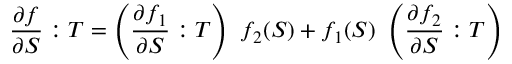
{ \frac { \partial f } { \partial { \boldsymbol { S } } } } : { \boldsymbol { T } } = \left( { \frac { \partial f _ { 1 } } { \partial { \boldsymbol { S } } } } : { \boldsymbol { T } } \right) ~ f _ { 2 } ( { \boldsymbol { S } } ) + f _ { 1 } ( { \boldsymbol { S } } ) ~ \left( { \frac { \partial f _ { 2 } } { \partial { \boldsymbol { S } } } } : { \boldsymbol { T } } \right)